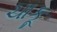
ચાકૂ